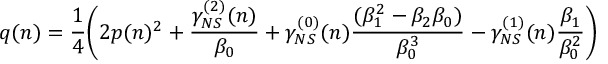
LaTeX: q ( n ) = \frac { 1 } { 4 } \bigg ( 2 p ( n ) ^ { 2 } + \frac { \gamma _ { N S } ^ { ( 2 ) } ( n ) } { \beta _ { 0 } } + \gamma _ { N S } ^ { ( 0 ) } ( n ) \frac { ( \beta _ { 1 } ^ { 2 } - \beta _ { 2 } \beta _ { 0 } ) } { \beta _ { 0 } ^ { 3 } } - \gamma _ { N S } ^ { ( 1 ) } ( n ) \frac { \beta _ { 1 } } { \beta _ { 0 } ^ { 2 } } \bigg )